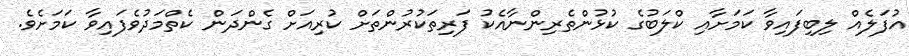
އުފަލެއް ލިބިފައިވާ ކަމަށާއި ކްލަބުގެ ކުޅުންތެރިންނާއެކު ފަރިތަކުރުންތަށް ކުރިއަށް ގެންދަން ކެތްމަދުވެފައިވާ ކަމަށެވެ.